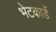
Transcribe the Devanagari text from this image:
भेटकार्डे